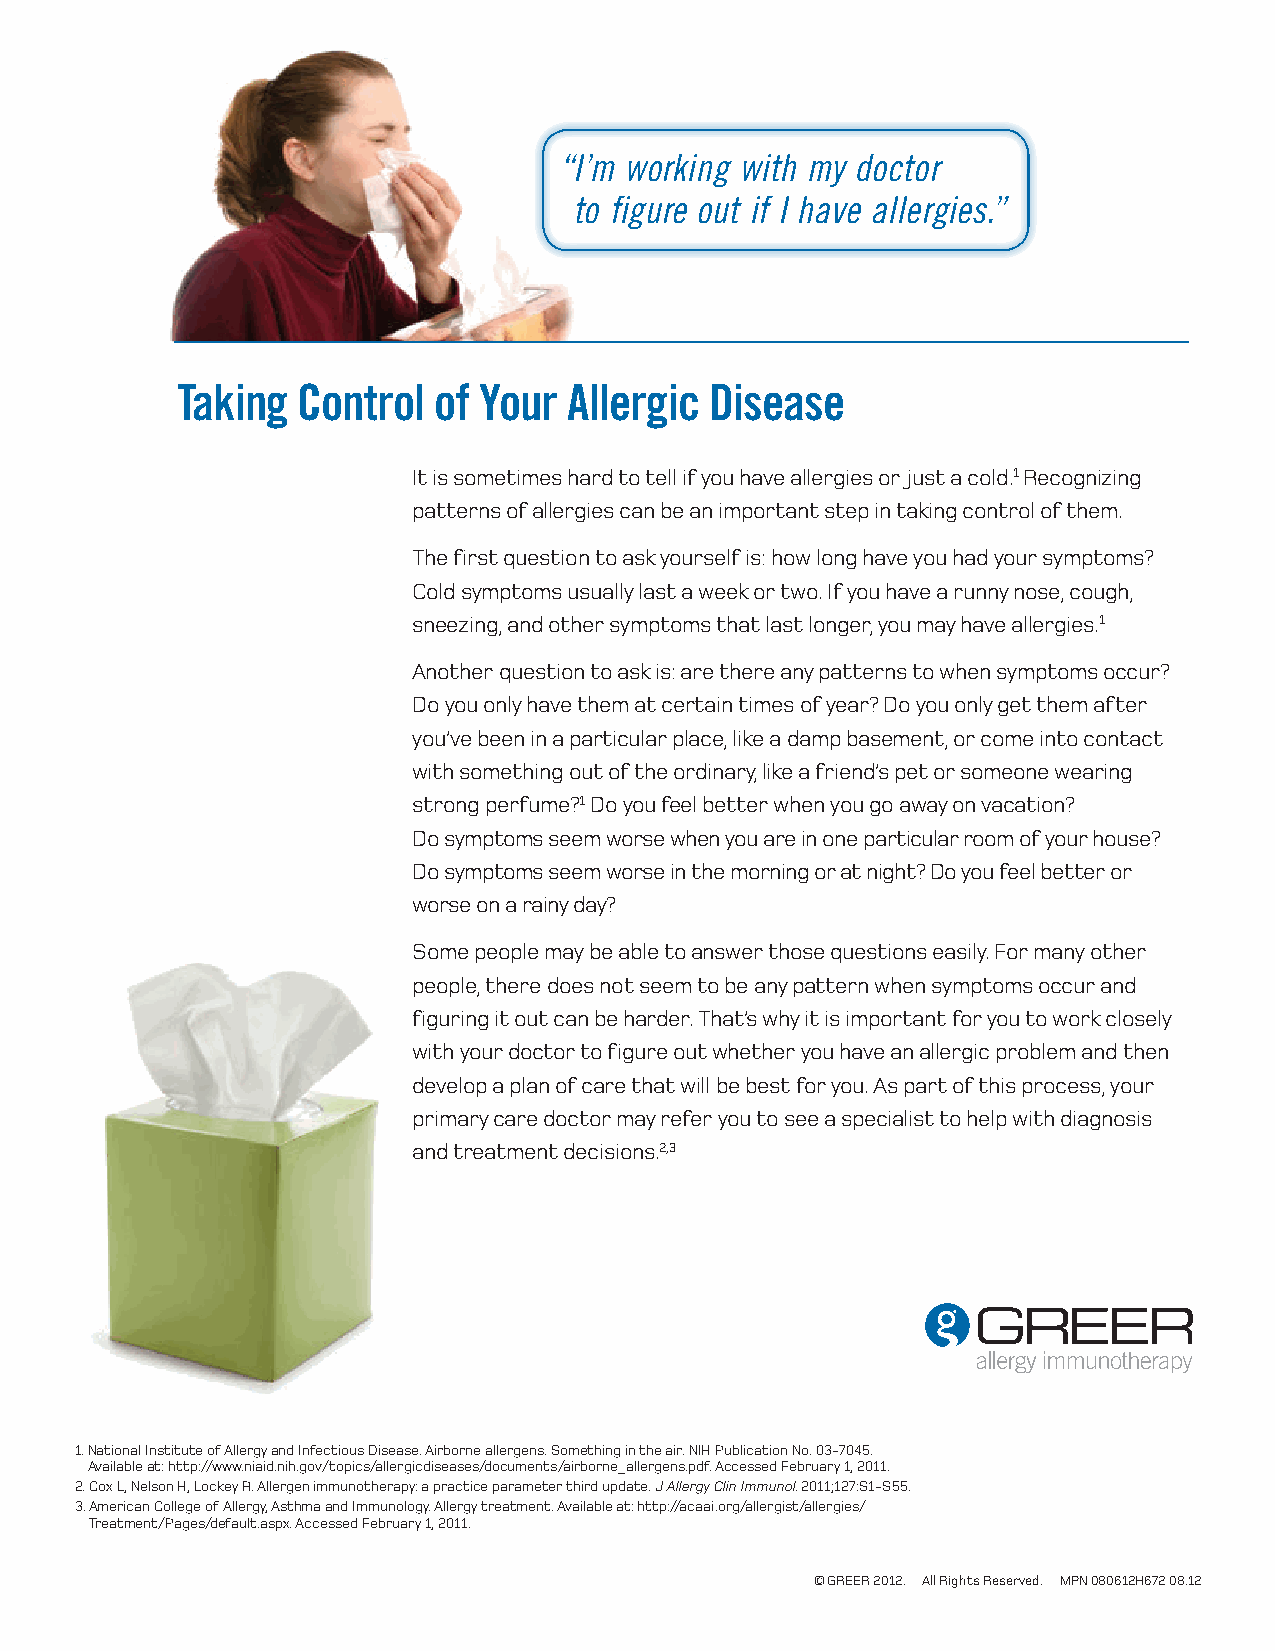
“ I’m working with my doctor
 to figure out if I have allergies.”
 Taking  Control  of Your  Allergic Disease
 It is sometimes hard to tell if you have allergies or just a cold.1 Recognizing
 patterns of allergies can be an important step in taking control of them.
 The first question to ask yourself is: how long have you had your symptoms?
 Cold symptoms usually last a week or two. If you have a runny nose, cough,
 sneezing, and other symptoms that last longer, you may have allergies.1
 Another question to ask is: are there any patterns to when symptoms occur?
 Do you only have them at certain times of year? Do you only get them after
 you’ve been in a particular place, like a damp basement, or come into contact
 with something out of the ordinary, like a friend’s pet or someone wearing
 strong perfume?1 Do you feel better when you go away on vacation?
 Do symptoms seem worse when you are in one particular room of your house?
 Do symptoms seem worse in the morning or at night? Do you feel better or
 worse on a rainy day?
 Some people may be able to answer those questions easily. For many other
 people, there does not seem to be any pattern when symptoms occur and
 figuring it out can be harder. That’s why it is important for you to work closely
 with your doctor to figure out whether you have an allergic problem and then
 develop a plan of care that will be best for you. As part of this process, your
 primary care doctor may refer you to see a specialist to help with diagnosis
 and treatment decisions.2,3
 1. National Institute of Allergy and Infectious Disease. Airborne allergens. Something in the air. NIH Publication No. 03-7045.
 Available at: http://www.niaid.nih.gov/topics/allergicdiseases/documents/airborne_allergens.pdf. Accessed February 1, 2011.
 2. Cox L, Nelson H, Lockey R. Allergen immunotherapy: a practice parameter third update. J Allergy Clin Immunol. 2011;127:S1-S55.
 3. American College of Allergy, Asthma and Immunology. Allergy treatment. Available at: http://acaai.org/allergist/allergies/
 Treatment/Pages/default.aspx. Accessed February 1, 2011.
 © GREER 2012. All Rights Reserved. MPN 080612H672 08.12